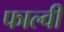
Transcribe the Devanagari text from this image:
फाल्वी